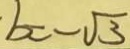
b = \sqrt { 3 }